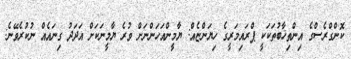
ކޮންގްރެސްގެ އިންތިޚާބުތަކަކީ ޕްރައިމަރީގެ ހިޔަންޏެއް: ޔާމީންއަހަންނަށް ވުރެ ޔާމީނަކަށް އަދަދު ގިނައެއް ނުކުރެވޭނެ: